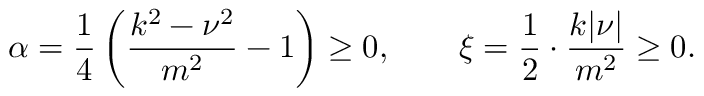
\alpha = \frac { 1 } { 4 } \left( \frac { k ^ { 2 } - \nu ^ { 2 } } { m ^ { 2 } } - 1 \right) \ge 0 , \qquad \xi = \frac { 1 } { 2 } \cdot \frac { k | \nu | } { m ^ { 2 } } \ge 0 .